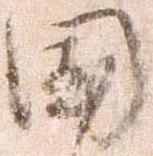
国